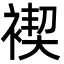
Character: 褉